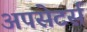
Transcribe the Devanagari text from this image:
अपसेटर्स